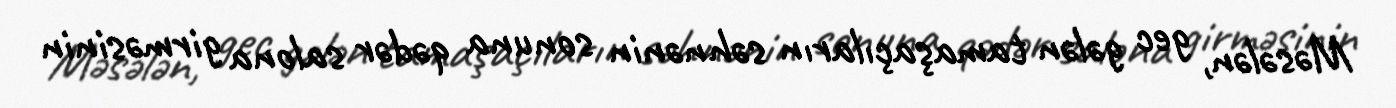
Məsələn, gec gələn tamaşaçıların səhnənin sonuna qədər salona girməsinin